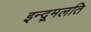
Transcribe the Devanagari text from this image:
इन्द्र्मलति